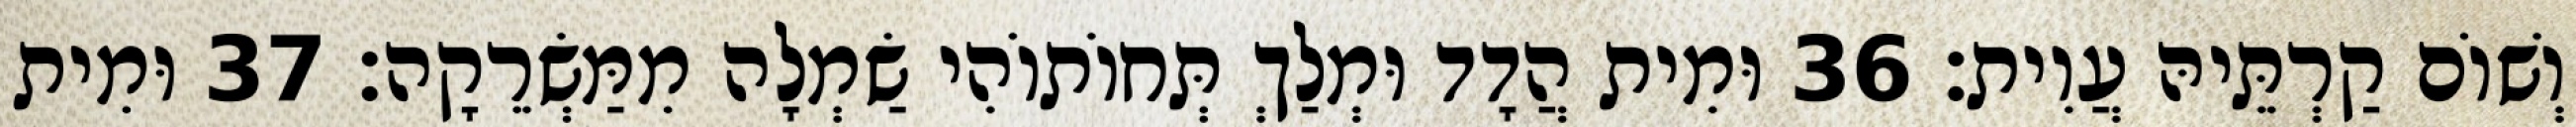
וְשׁוֹם קַרְתֵּיהּ עֲוִית׃ 36 וּמִית הֲדָד וּמְלַךְ תְּחוֹתוֹהִי שַׂמְלָה מִמַּשְׂרֵקָה׃ 37 וּמִית